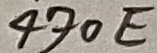
Text: 470E